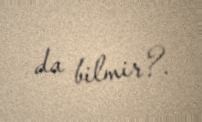
da bilmir?.